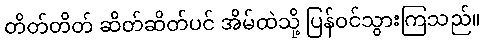
တိတ်တိတ် ဆိတ်ဆိတ်ပင် အိမ်ထဲသို့ ပြန်ဝင်သွားကြသည်။